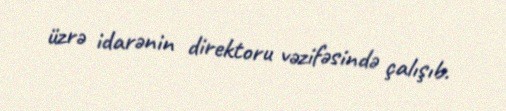
üzrə idarənin direktoru vəzifəsində çalışıb.